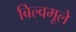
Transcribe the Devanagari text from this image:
बिल्वमूले